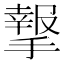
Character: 𢵨